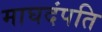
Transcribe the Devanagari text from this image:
माघदंपति